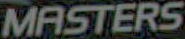
MASTERS